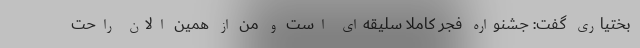
بختیاری گفت: جشنواره فجر کاملا سلیقه‌ای است و من از همین الان راحت